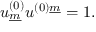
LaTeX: u _ { \underline { { { m } } } } ^ { ( 0 ) } u ^ { ( 0 ) \underline { { { m } } } } = 1 .